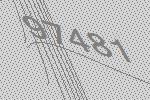
97481